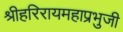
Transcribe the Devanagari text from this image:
श्रीहरिरायमहाप्रभुजी